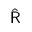
\hat { { \sf R } }